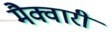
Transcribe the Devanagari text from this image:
मैक्वारी